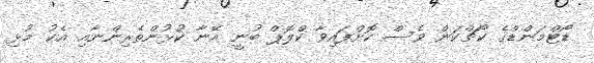
ޑޯޓްމަންޑްގެ ކޯޗްކަން ވެސް ކޮށްފައިވާ ކްލޮޕް ބުނީ އޭނާ ކުޅުންތެރިންނާއި އެކު މުޅި